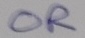
Text: OR